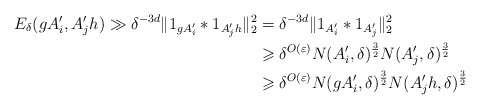
\begin{align*}E_{\delta}(gA_i',A_j'h)\gg\delta^{-3d}\|1_{gA_i'}*1_{A_j'h}\|_2^2 &=\delta^{-3d}\|1_{A_i'}*1_{A_j'}\|_2^2\\&\geqslant\delta^{O(\varepsilon)}N(A_i',\delta)^{\frac{3}{2}}N(A_j',\delta)^{\frac{3}{2}}\\&\geqslant\delta^{O(\varepsilon)}N(gA_i',\delta)^{\frac{3}{2}}N(A_j'h,\delta)^{\frac{3}{2}}\end{align*}